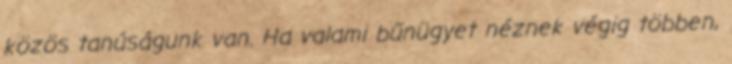
közös tanúságunk van. Ha valami bűnügyet néznek végig többen,